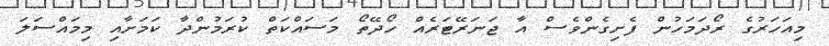
މިއަހަރުގެ ރޯދަމަހުން ފެށިގެންވެސް އާ ޖަނަރޭޓަރެއް ހޯދޭތޯ މަސައްކަތް ކުރަމުންދާ ކަމަށާއި މިމައްސަލަ